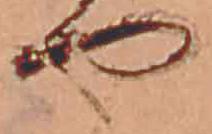
や